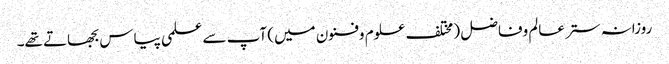
روزانہ ستر عالم وفاضل (مختلف علوم وفنون میں) آپ سے علمی پیاس بجھاتے تھے۔